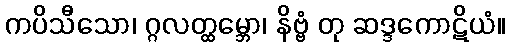
ကပိသီသော၊ ဂ္ဂလတ္ထမ္ဘော၊ နိဗ္ဗံ တု ဆဒ္ဒကောဋိယံ။